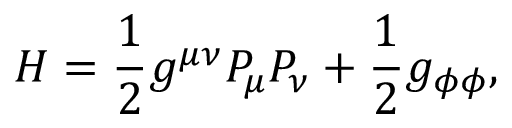
{ \cal H } = \frac { 1 } { 2 } g ^ { \mu \nu } { \cal P } _ { \mu } { \cal P } _ { \nu } + \frac { 1 } { 2 } g _ { \phi \phi } ,